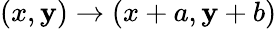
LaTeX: (x,\mathbf{y})\rightarrow(x+a,\mathbf{y}+b)